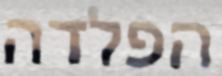
הפלדה